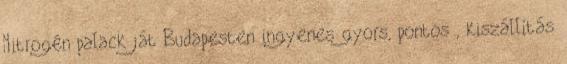
Nitrogén palack ját Budapesten ingyenes gyors, pontos , kiszállítás